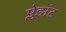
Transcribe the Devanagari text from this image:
प्लेझंट